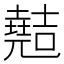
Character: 𫤣